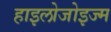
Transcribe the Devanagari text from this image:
हाइलोजोइज्म